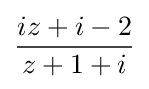
{\frac {iz+i-2}{z+1+i}}